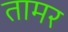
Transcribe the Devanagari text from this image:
तामर